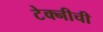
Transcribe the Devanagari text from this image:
टेक्नीची